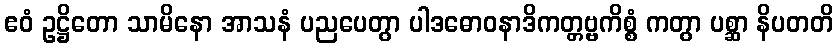
ဧဝံ ဥဋ္ဌိတော သာမိနော အာသနံ ပညပေတွာ ပါဒဓောဝနာဒိကတ္တဗ္ဗကိစ္စံ ကတွာ ပစ္ဆာ နိပတတိ